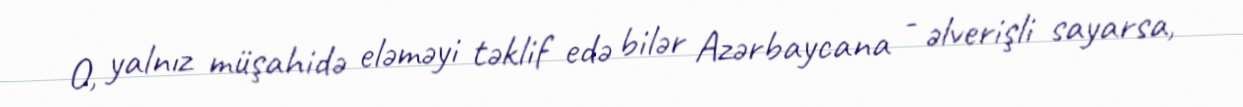
O, yalnız müşahidə eləməyi təklif edə bilər Azərbaycana - əlverişli sayarsa,